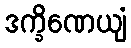
ဒက္ခိဏေယျံ